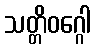
သတ္တိဝဂ္ဂေါ